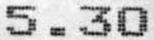
5.30